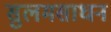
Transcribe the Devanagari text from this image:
सुलमसाधन